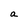
Character: a